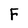
Character: F